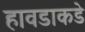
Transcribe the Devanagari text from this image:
हावडाकडे